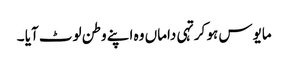
مایوس ہو کر تہی داماں وہ اپنے وطن لوٹ آیا ۔